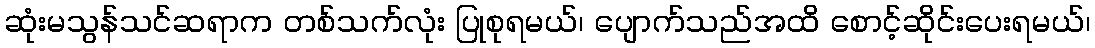
ဆုံးမသွန်သင်ဆရာက တစ်သက်လုံး ပြုစုရမယ်၊ ပျောက်သည်အထိ စောင့်ဆိုင်းပေးရမယ်၊